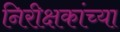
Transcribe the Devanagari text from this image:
निरीक्षकांच्या